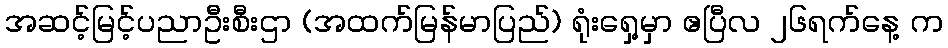
အဆင့်မြင့်ပညာဦးစီးဌာ (အထက်မြန်မာပြည်) ရုံးရှေ့မှာ ဧပြီလ ၂၆ရက်နေ့ က